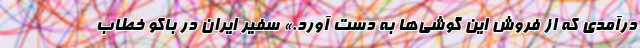
درآمدی که از فروش این گوشی‌ها به دست آورد.» سفیر ایران در باکو خطاب